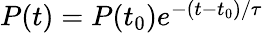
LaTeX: \begin{array}{r}{P(t)=P(t_{0})e^{-(t-t_{0})/\tau}}\end{array}